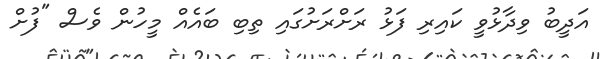
އަދީބު ވިދާޅުވީ ކައިރި ފަޅު ރަށްރަށުގައި ތިބި ބައެއް މީހުން ވެސް "ފުށް